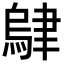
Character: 𬚭